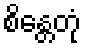
စိန္တေတုံ